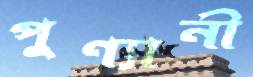
পুণ্যানী